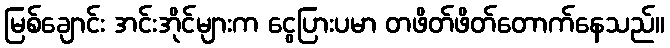
မြစ်ချောင်း အင်းအိုင်များက ငွေပြားပမာ တဖိတ်ဖိတ်တောက်နေသည်။